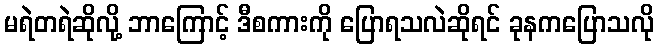
မရဲတရဲဆိုလို့ ဘာကြောင့် ဒီစကားကို ပြောရသလဲဆိုရင် ခုနကပြောသလို